Riigikantselei, lk 261
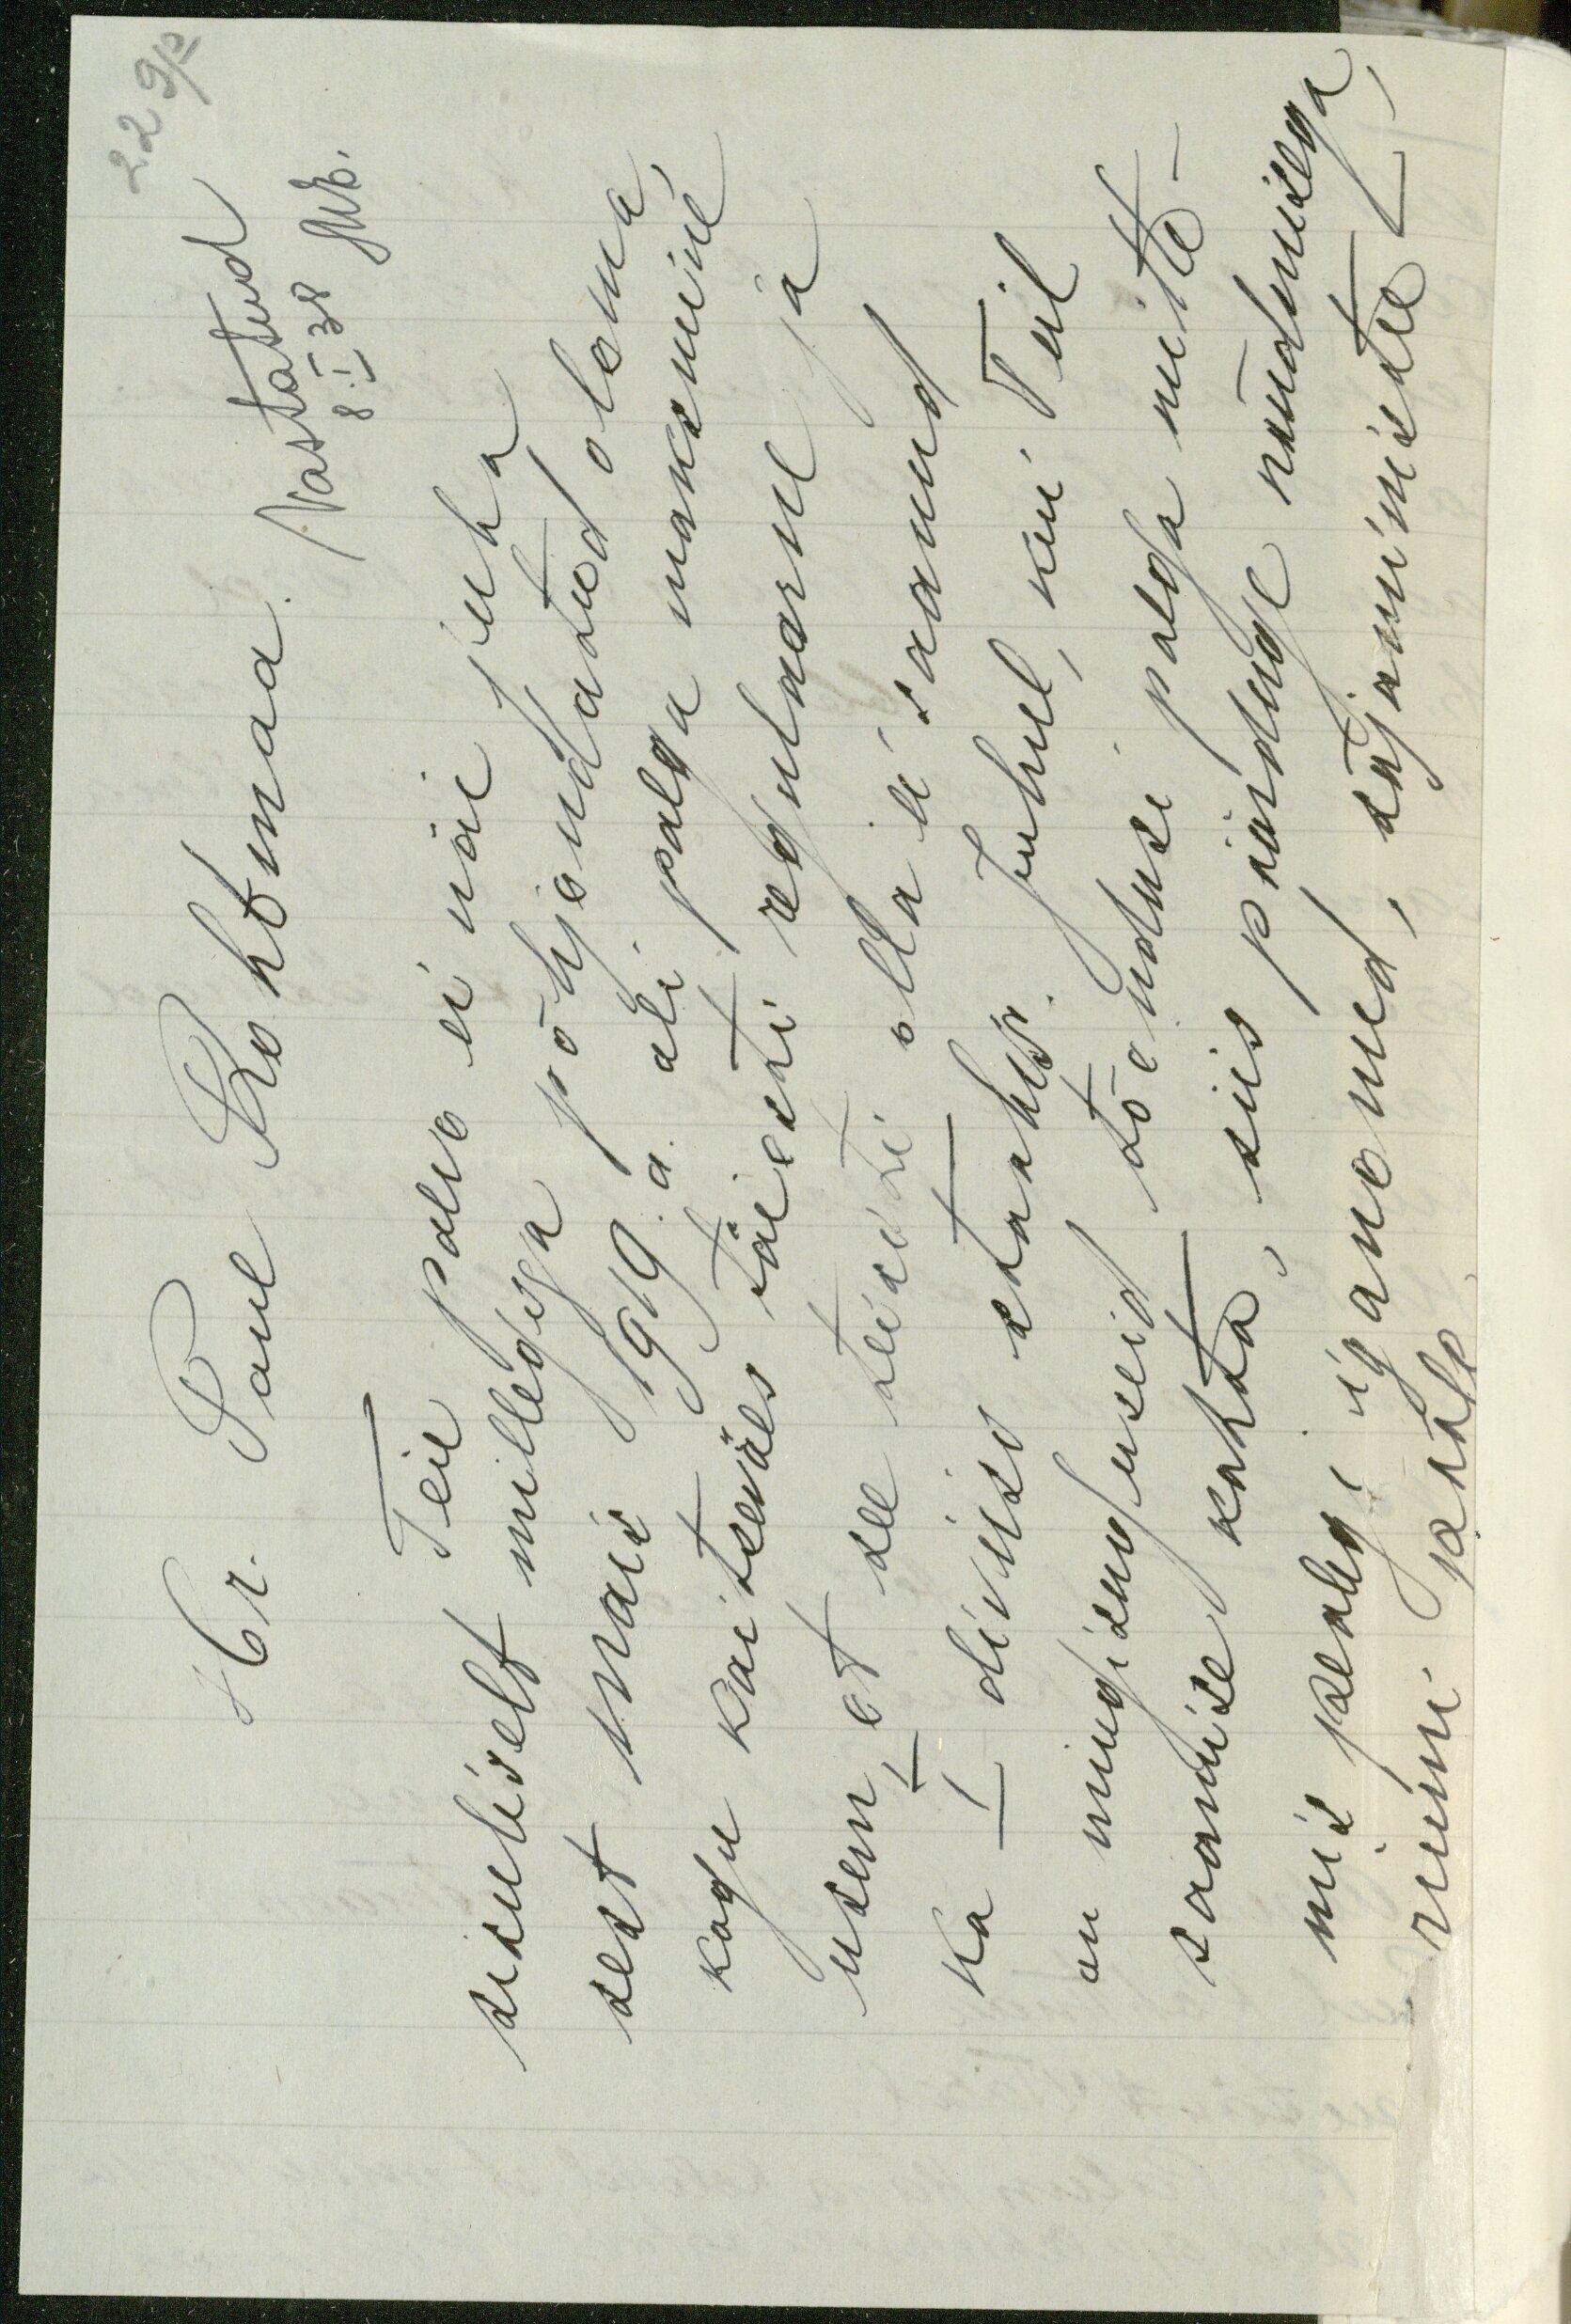
229 p
Hr. Paul Rohtmaa. Vastatud
8. I 38 Mb.
Teie palve ei näi juba
sisuliselt millegiga põhjendatud olema
sest mais 1919. a. oli palga maksmine
kogu Kaitseväes täiesti regulaarne ja
usun, et see teisiti olla ei saanud
ka I diviisi staabis. Juhul, kui Teil
on mingisuguseid tõendusi palga mitte-
saamise kohta, siis pöörduge nõudmisega
mis pealegi iganenud, sõjaministee-
riumi poole